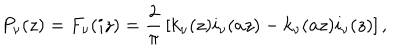
LaTeX: P _ { \nu } ( z ) = F _ { \nu } ( i z ) = { \frac { 2 } { \pi } } \left[ k _ { \nu } ( z ) i _ { \nu } ( a z ) - k _ { \nu } ( a z ) i _ { \nu } ( z ) \right] ,